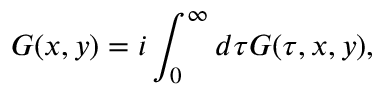
G ( x , y ) = i \int _ { 0 } ^ { \infty } d \tau G ( \tau , x , y ) ,